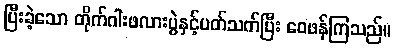
ပြီးခဲ့သော တိုက်ဂါးဖလားပွဲနှင့်ပတ်သက်ပြီး ဝေဖန်ကြသည်။